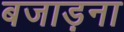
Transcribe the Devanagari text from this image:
बजाड़ना